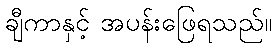
ချီကာနှင့် အပန်းဖြေရသည်။